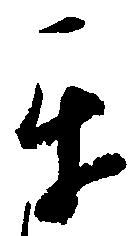
互